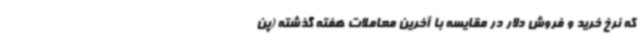
که نرخ خرید و فروش دلار در مقایسه با آخرین معاملات هفته گذشته (پن